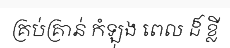
គ្រប់គ្រាន់ កំឡុង ពេល ដ៏ ខ្លី